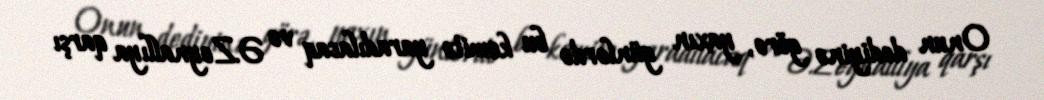
Onun dediyinə görə, yaxın günlərdə bu komitə yaradılacaq və Ə.Zeynallıya qarşı